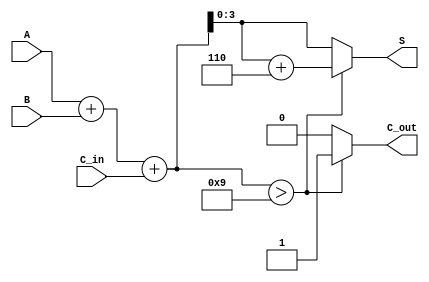
module BCD_Carry_Lookahead_Adder (
    input  wire [3:0] A,        // First BCD digit
    input  wire [3:0] B,        // Second BCD digit
    input  wire C_in,           // Carry-in signal
    output reg [3:0] S,         // BCD sum output
    output reg C_out            // Carry-out signal
);

    // Intermediate signals
    wire [4:0] S_temp;          // Temporary sum (5 bits to hold carry)
    wire C1, C2, C3, C4;        // Carry signals

    // Calculate the initial sum
    assign S_temp = A + B + C_in;

    // Generate carry signals
    assign C1 = (A[0] & B[0]) | ((A[0] ^ B[0]) & C_in);
    assign C2 = (A[1] & B[1]) | ((A[1] ^ B[1]) & C1);
    assign C3 = (A[2] & B[2]) | ((A[2] ^ B[2]) & C2);
    assign C4 = (A[3] & B[3]) | ((A[3] ^ B[3]) & C3);

    // Determine the carry-out signal
    always @(*) begin
        if (S_temp > 9) begin
            C_out = 1;  // Set carry-out if sum exceeds 9
            S = S_temp + 4'b0110; // Adjust for BCD
        end else begin
            C_out = 0;  // No carry-out
            S = S_temp; // No adjustment needed
        end
    end

endmodule